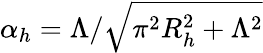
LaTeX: \alpha_{h}=\Lambda/\sqrt{\pi^{2}R_{h}^{2}+\Lambda^{2}}